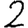
Digit: 2